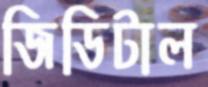
জিডিটাল